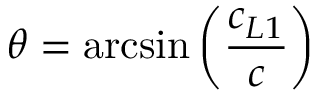
\theta = \arcsin \left( \frac { c _ { L 1 } } { c } \right)